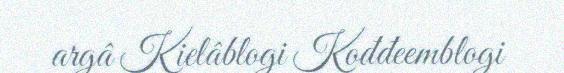
argâ Kielâblogi Kođđeemblogi